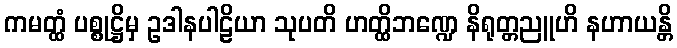
ကမတ္ထံ ပစ္စုဋ္ဌိမှ ဥဒါနပါဠိယာ သုပတိ ဟတ္ထိဘဏ္ဍေ နိရုတ္တညူဟိ နဟာယန္တိ